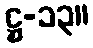
ဋ္ဌ-၁၃။